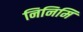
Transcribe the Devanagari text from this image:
निनिमि